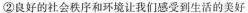
②良好的社会秩序和环境让我们感受到生活的美好